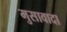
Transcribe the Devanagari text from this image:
मुसावादा